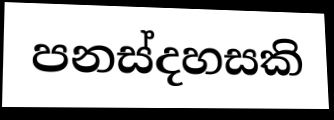
පනස්දහසකි